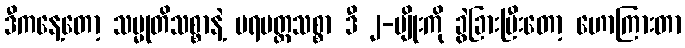
ဒီကနေ့တော့ သမ္မုတိသစ္စာနဲ့ ပရမတ္ထသစ္စာ ဒီ ၂-မျိုးကို ခွဲခြားပြီးတော့ ဟောကြားတာ